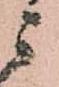
ニ